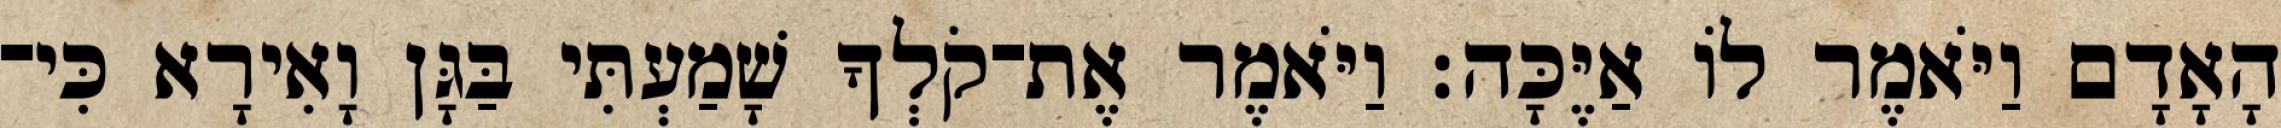
הָאָדָם וַיֹּאמֶר לֹו אַיֶּכָּה׃ וַיֹּאמֶר אֶת־קֹלְךָ שָׁמַעְתִּי בַּגָּן וָאִירָא כִּי־